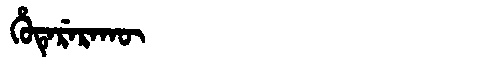
Manchu: ᡥᡠᡨᡝᡵᡝᡵᠠᡴᡡ
Romanization: HUTERERAKŪ